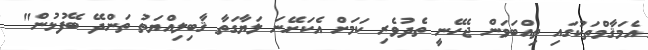
އެމަޤާމްތަކުގައި ތިއްބަވަން ޖެހޭނީ ތެދުވެރި ކަމަށް އެކަށޭނަ ލަޔާގަތާ ޤާބިލިއްޔަތު ތަންދޭ ބޭފުޅުން"